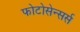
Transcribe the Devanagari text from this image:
फोटोसेन्सर्स